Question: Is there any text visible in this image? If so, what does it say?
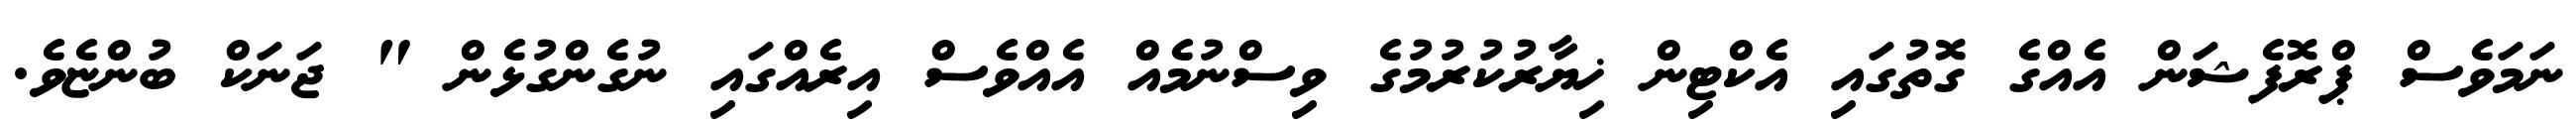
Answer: ނަމަވެސް ޕްރޮފެޝަން އެއްގެ ގޮތުގައި އެކްޓިން ޚިޔާރުކުރުމުގެ ވިސްނުމެއް އެއްވެސް އިރެއްގައި ނުގެންގުޅެން " ޖަނަކް ބުންޏެވެ.